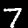
Digit: 7